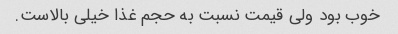
خوب بود ولی قیمت نسبت به حجم غذا خیلی بالاست.